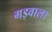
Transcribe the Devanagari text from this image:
गड़वाला